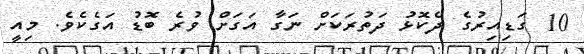
10 ގަޑިއިރުގެ ދެކޮޅު ދަތުރަކަށް ނަގާ އަގަށް ވުރެ ބޮޑު އަގެކެވެ. މިއީ